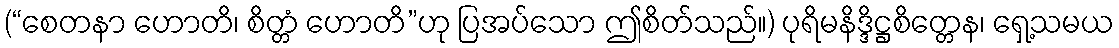
(“စေတနာ ဟောတိ၊ စိတ္တံ ဟောတိ”ဟု ပြအပ်သော ဤစိတ်သည်။) ပုရိမနိဒ္ဒိဋ္ဌစိတ္တေန၊ ရှေ့သမယ